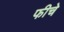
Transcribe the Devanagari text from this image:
फीचे